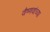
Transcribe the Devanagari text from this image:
वैष्णवांच्या